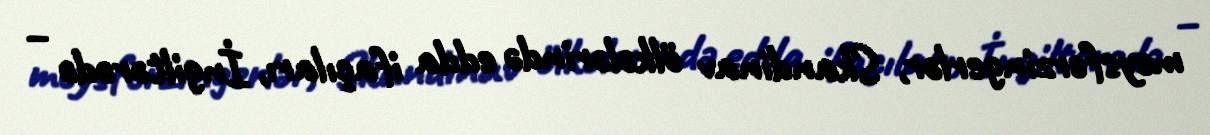
meysferzingerlər, Skandinav ölkələrində edda ifaçıları, İngiltərədə –